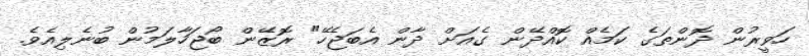
ހަވީރުން ދޮންތަގެ ކަމެއް ކޮއްދޭން ގެއަށް ދާން އެބަޖެހޭ" ރޮޒޭން ބޯޖަހާލަމުން ބުނެލިއެވެ.